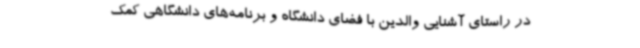
در راستای آشنایی والدین با فضای دانشگاه و برنامه‌های دانشگاهی کمک